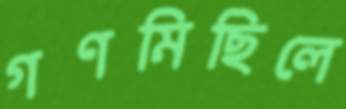
গণমিছিলে